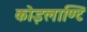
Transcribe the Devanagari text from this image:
कोइलाण्टि